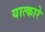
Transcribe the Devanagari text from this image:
यात्कारे